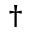
^ { \dagger }